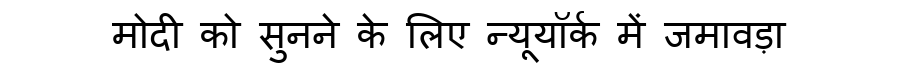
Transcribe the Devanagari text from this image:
मोदी को सुनने के लिए न्यूयॉर्क में जमावड़ा